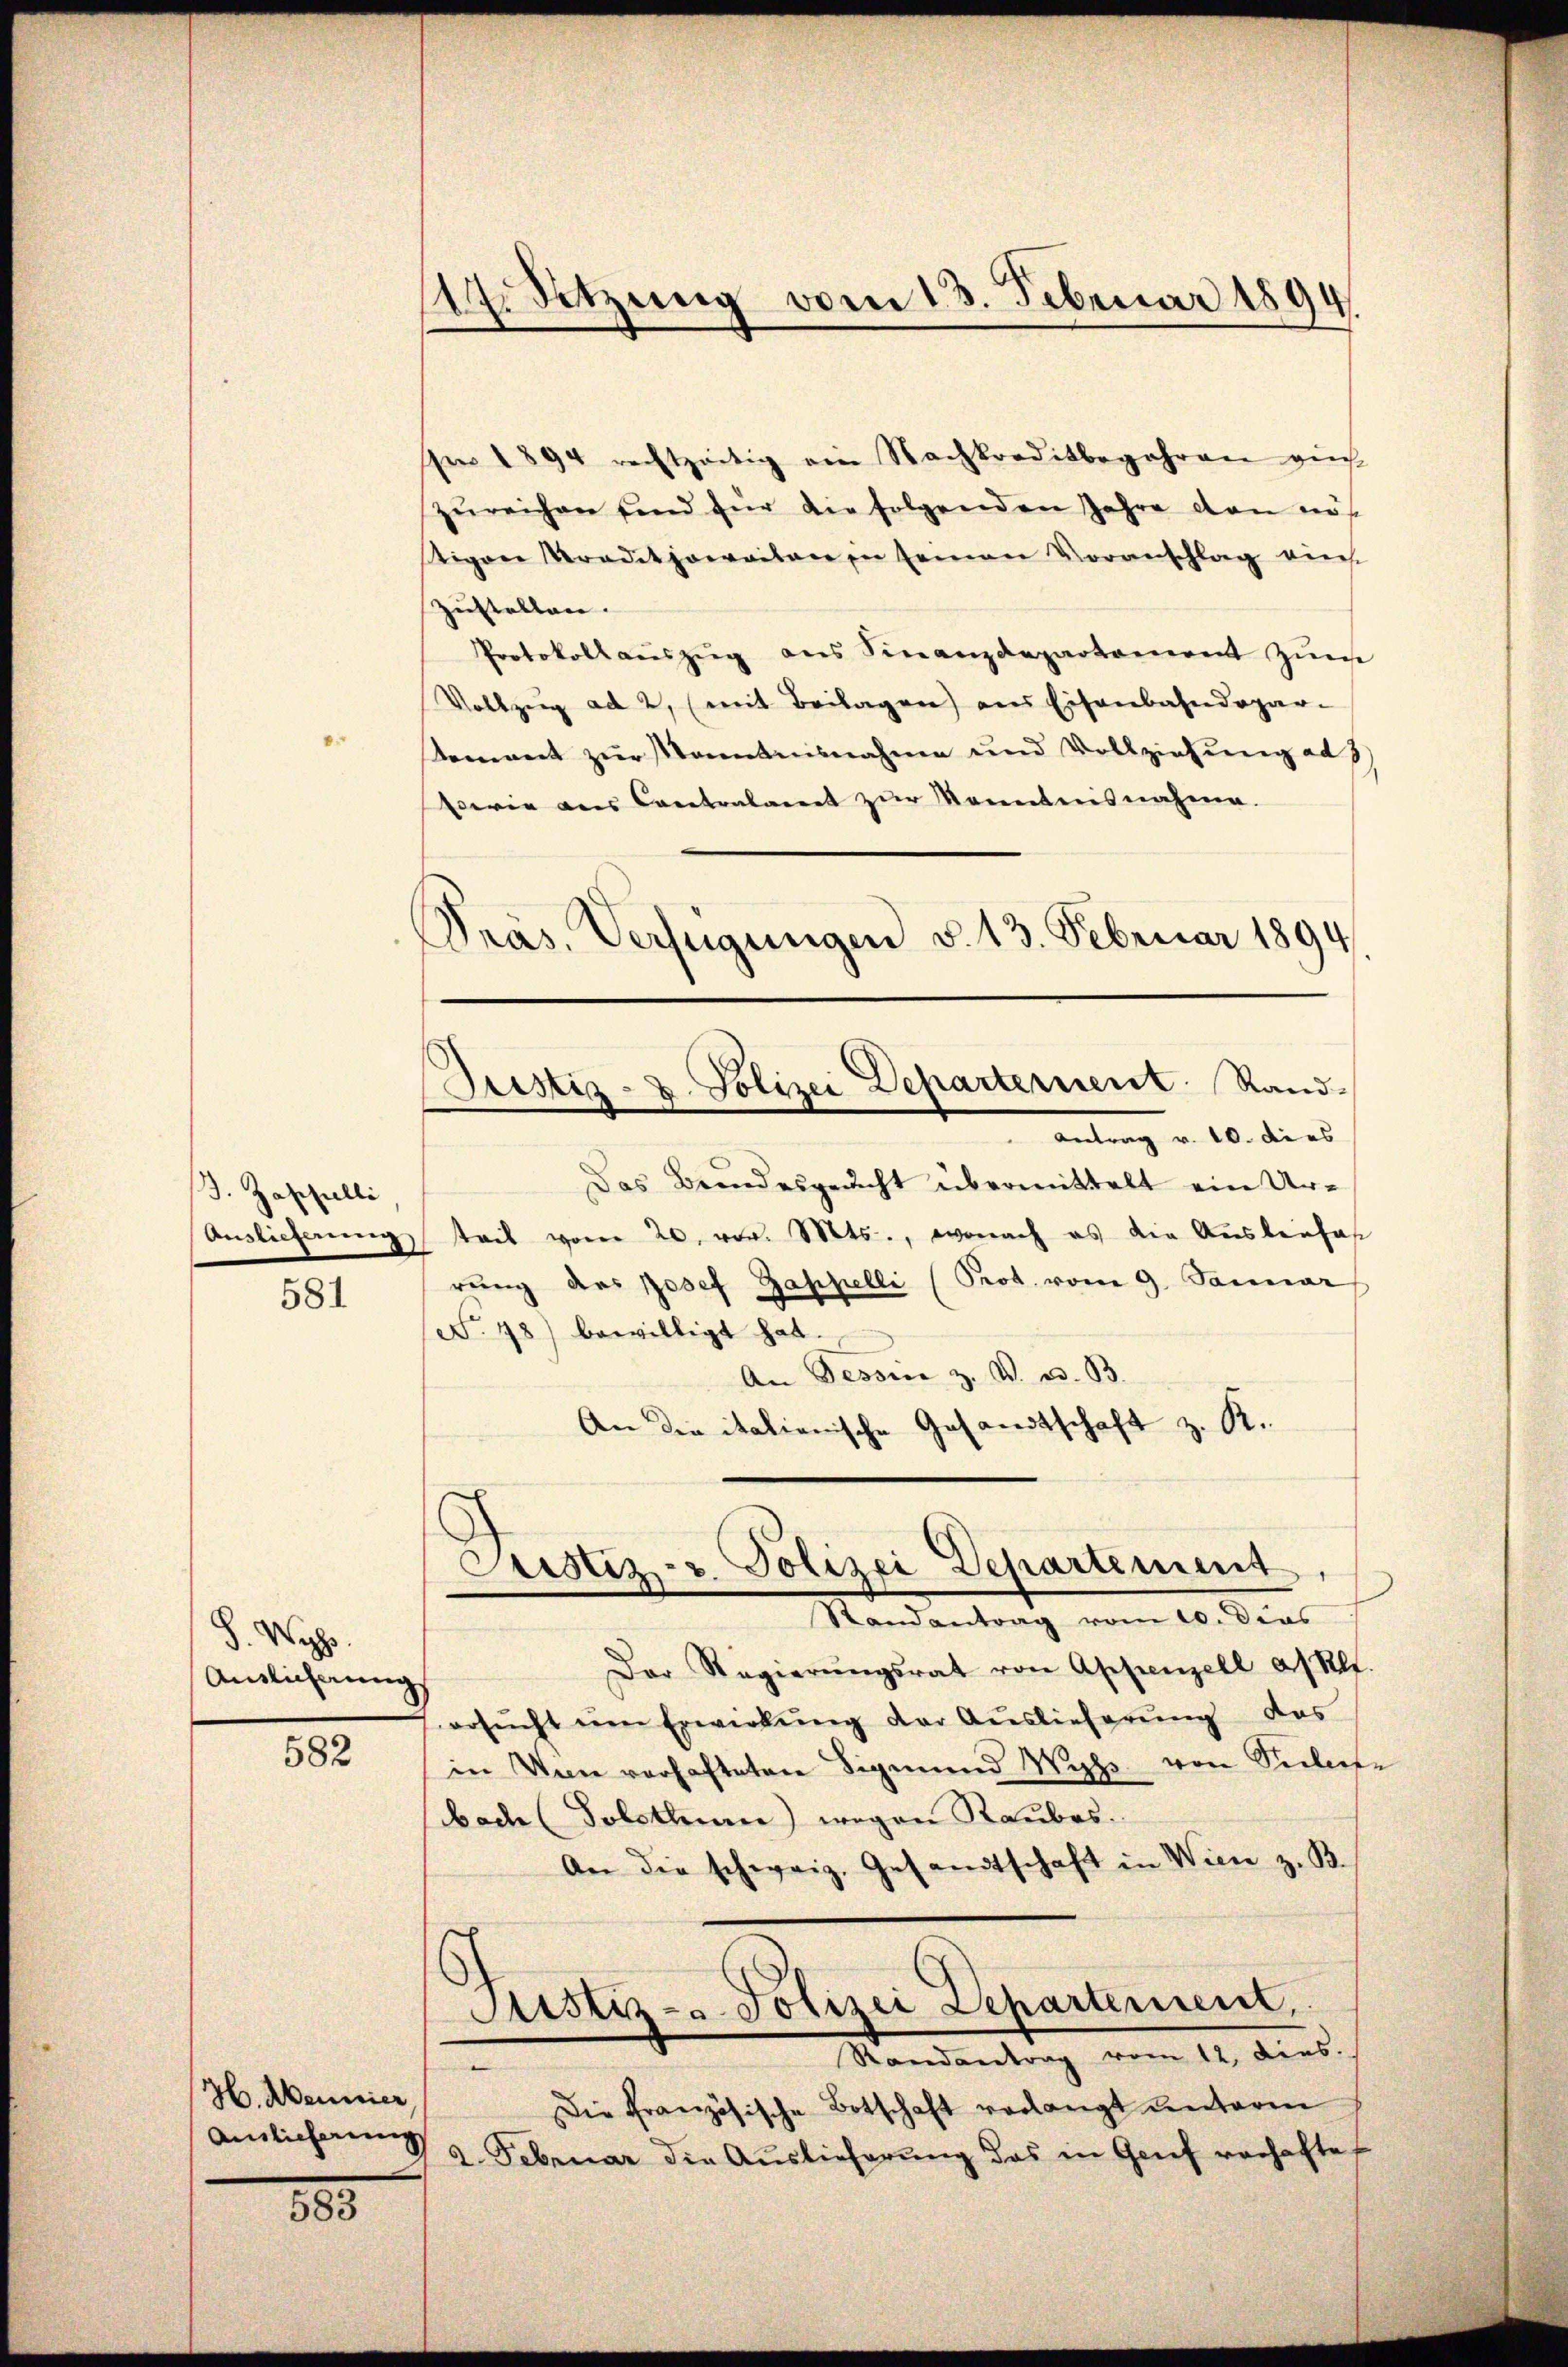
J. Zappelli
Auslieferung
581

S. Wyss.
Auslicherung

582

H. Mannier

885

17. Sitzung vom 13. Februar 1894
c

see 1894 rechtzeitig ein Nachkreditbegehren auch
zŭreichen sind für die folgenden Jahre dan nicht
stigen Traditzowaitare in seinen Voranschlag eines
zustellen.
Protokoll aŭszŭg ans Finanzdepartement zŭm
Vollzug ad 2, (mit Beilagen aus Eisenbahndepar-
sement zur Kenntnisnahme und Vollziehŭng ad 3)
Ferie aus Contralamt zŭr Kenntnisnahme.
Präs. Verfügungen d. 13. Februar 1894.

Pristiz- u. Polizei Departernent Rand-

Antrag v. 10. dies
Das Beindesgericht übermittelt ein Urtteil vom 20. vor. Mts., wonach es die Ausbenfas
rŭng des Josef Rappelli (Prot. vom 9. Januar
No. 48) bewilligt hat.
An Tessin z. V. ad. B.
An die italienische Gesandtschaft z. K.

Justiz- u. Polizei Departement,
Randantrag vom 10. dies

Der Regierŭngsrat von Appenzell a/Klt.
ersŭcht ŭm Erwirkŭng der Aŭslieferŭng des
in Von verhafteten Sigmund Wyss von Seelese
bach (Solothurn) wegen Raubes.
An die schweiz. Gesandtschaft in Wien z. B.
Justiz- u. Polizei Departement.
Randantrag vom 12. Dies.
Die französische Botschaft verlangt unterm
aislicherung 2. Februar die Auslieferŭng das in Genf verhaftet